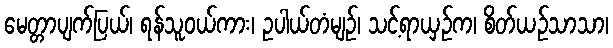
မေတ္တာပျက်ပြယ်၊ ရန်သူဝယ်ကား၊ ဥပါယ်တံမျဉ်၊ သင့်ရာယှဉ်က၊ စိတ်ယဉ်သာသာ၊